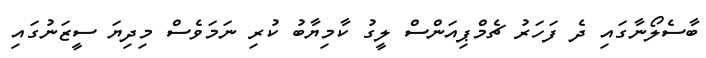
ބާސެލޯނާގައި ދެ ފަހަރު ޗެމްޕިއަންސް ލީގު ކާމިޔާބު ކުރި ނަމަވެސް މިދިޔަ ސީޒަނުގައި